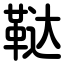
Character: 鞑